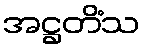
အဋ္ဌတိံသ